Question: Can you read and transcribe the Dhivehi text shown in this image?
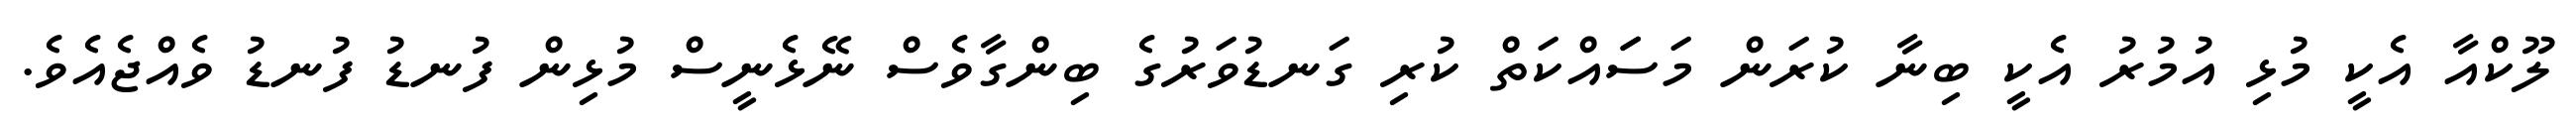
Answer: ލޫކްއާ އެކީ މުޅި އުމުރު އެކީ ބިނާ ކުރަން މަސަައްކަތް ކުރި ގަނޑުވަރުގެ ބިންގާވެސް ނޭޅެނީސް މުޅިން ފުނޑު ފުނޑު ވެއްޖެއެވެ.